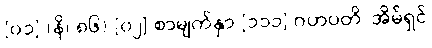
[၀၁] (နိ၊ ၈၆) [၀၂] စာမျက်နှာ [၁၁၁] ဂဟပတိ၊ အိမ်ရှင်